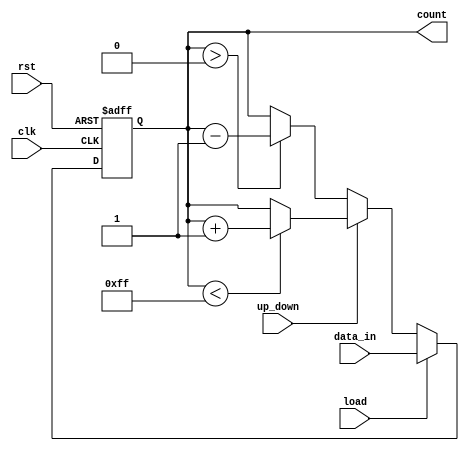
module UpDownCounter #(
    parameter N = 8 // Bit-width of the counter
)(
    input wire clk,           // Clock signal
    input wire rst,           // Asynchronous reset signal (active high)
    input wire up_down,       // Control signal for counting direction
    input wire load,          // Load signal to initialize the counter
    input wire [N-1:0] data_in, // Input data for loading the counter
    output reg [N-1:0] count  // Current count value
);

// Asynchronous reset and load functionality
always @(posedge clk or posedge rst) begin
    if (rst) begin
        count <= 0; // Reset counter to zero
    end else if (load) begin
        count <= data_in; // Load the counter with input data
    end else begin
        // Counting logic
        if (up_down) begin
            // Count up
            if (count < (2**N - 1)) begin
                count <= count + 1; // Increment count
            end
        end else begin
            // Count down
            if (count > 0) begin
                count <= count - 1; // Decrement count
            end
        end
    end
end

endmodule